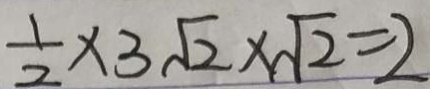
\frac { 1 } { 2 } \times 3 \sqrt { 2 } \times \sqrt { 2 } = 2